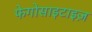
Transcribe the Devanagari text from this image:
फेगोसाइटाइज़